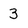
Character: 3